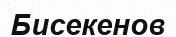
Бисекенов